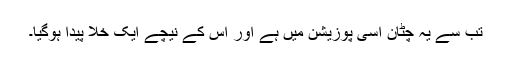
تب سے یہ چٹان اسی پوزیشن میں ہے اور اس کے نیچے ایک خلا پیدا ہوگیا۔